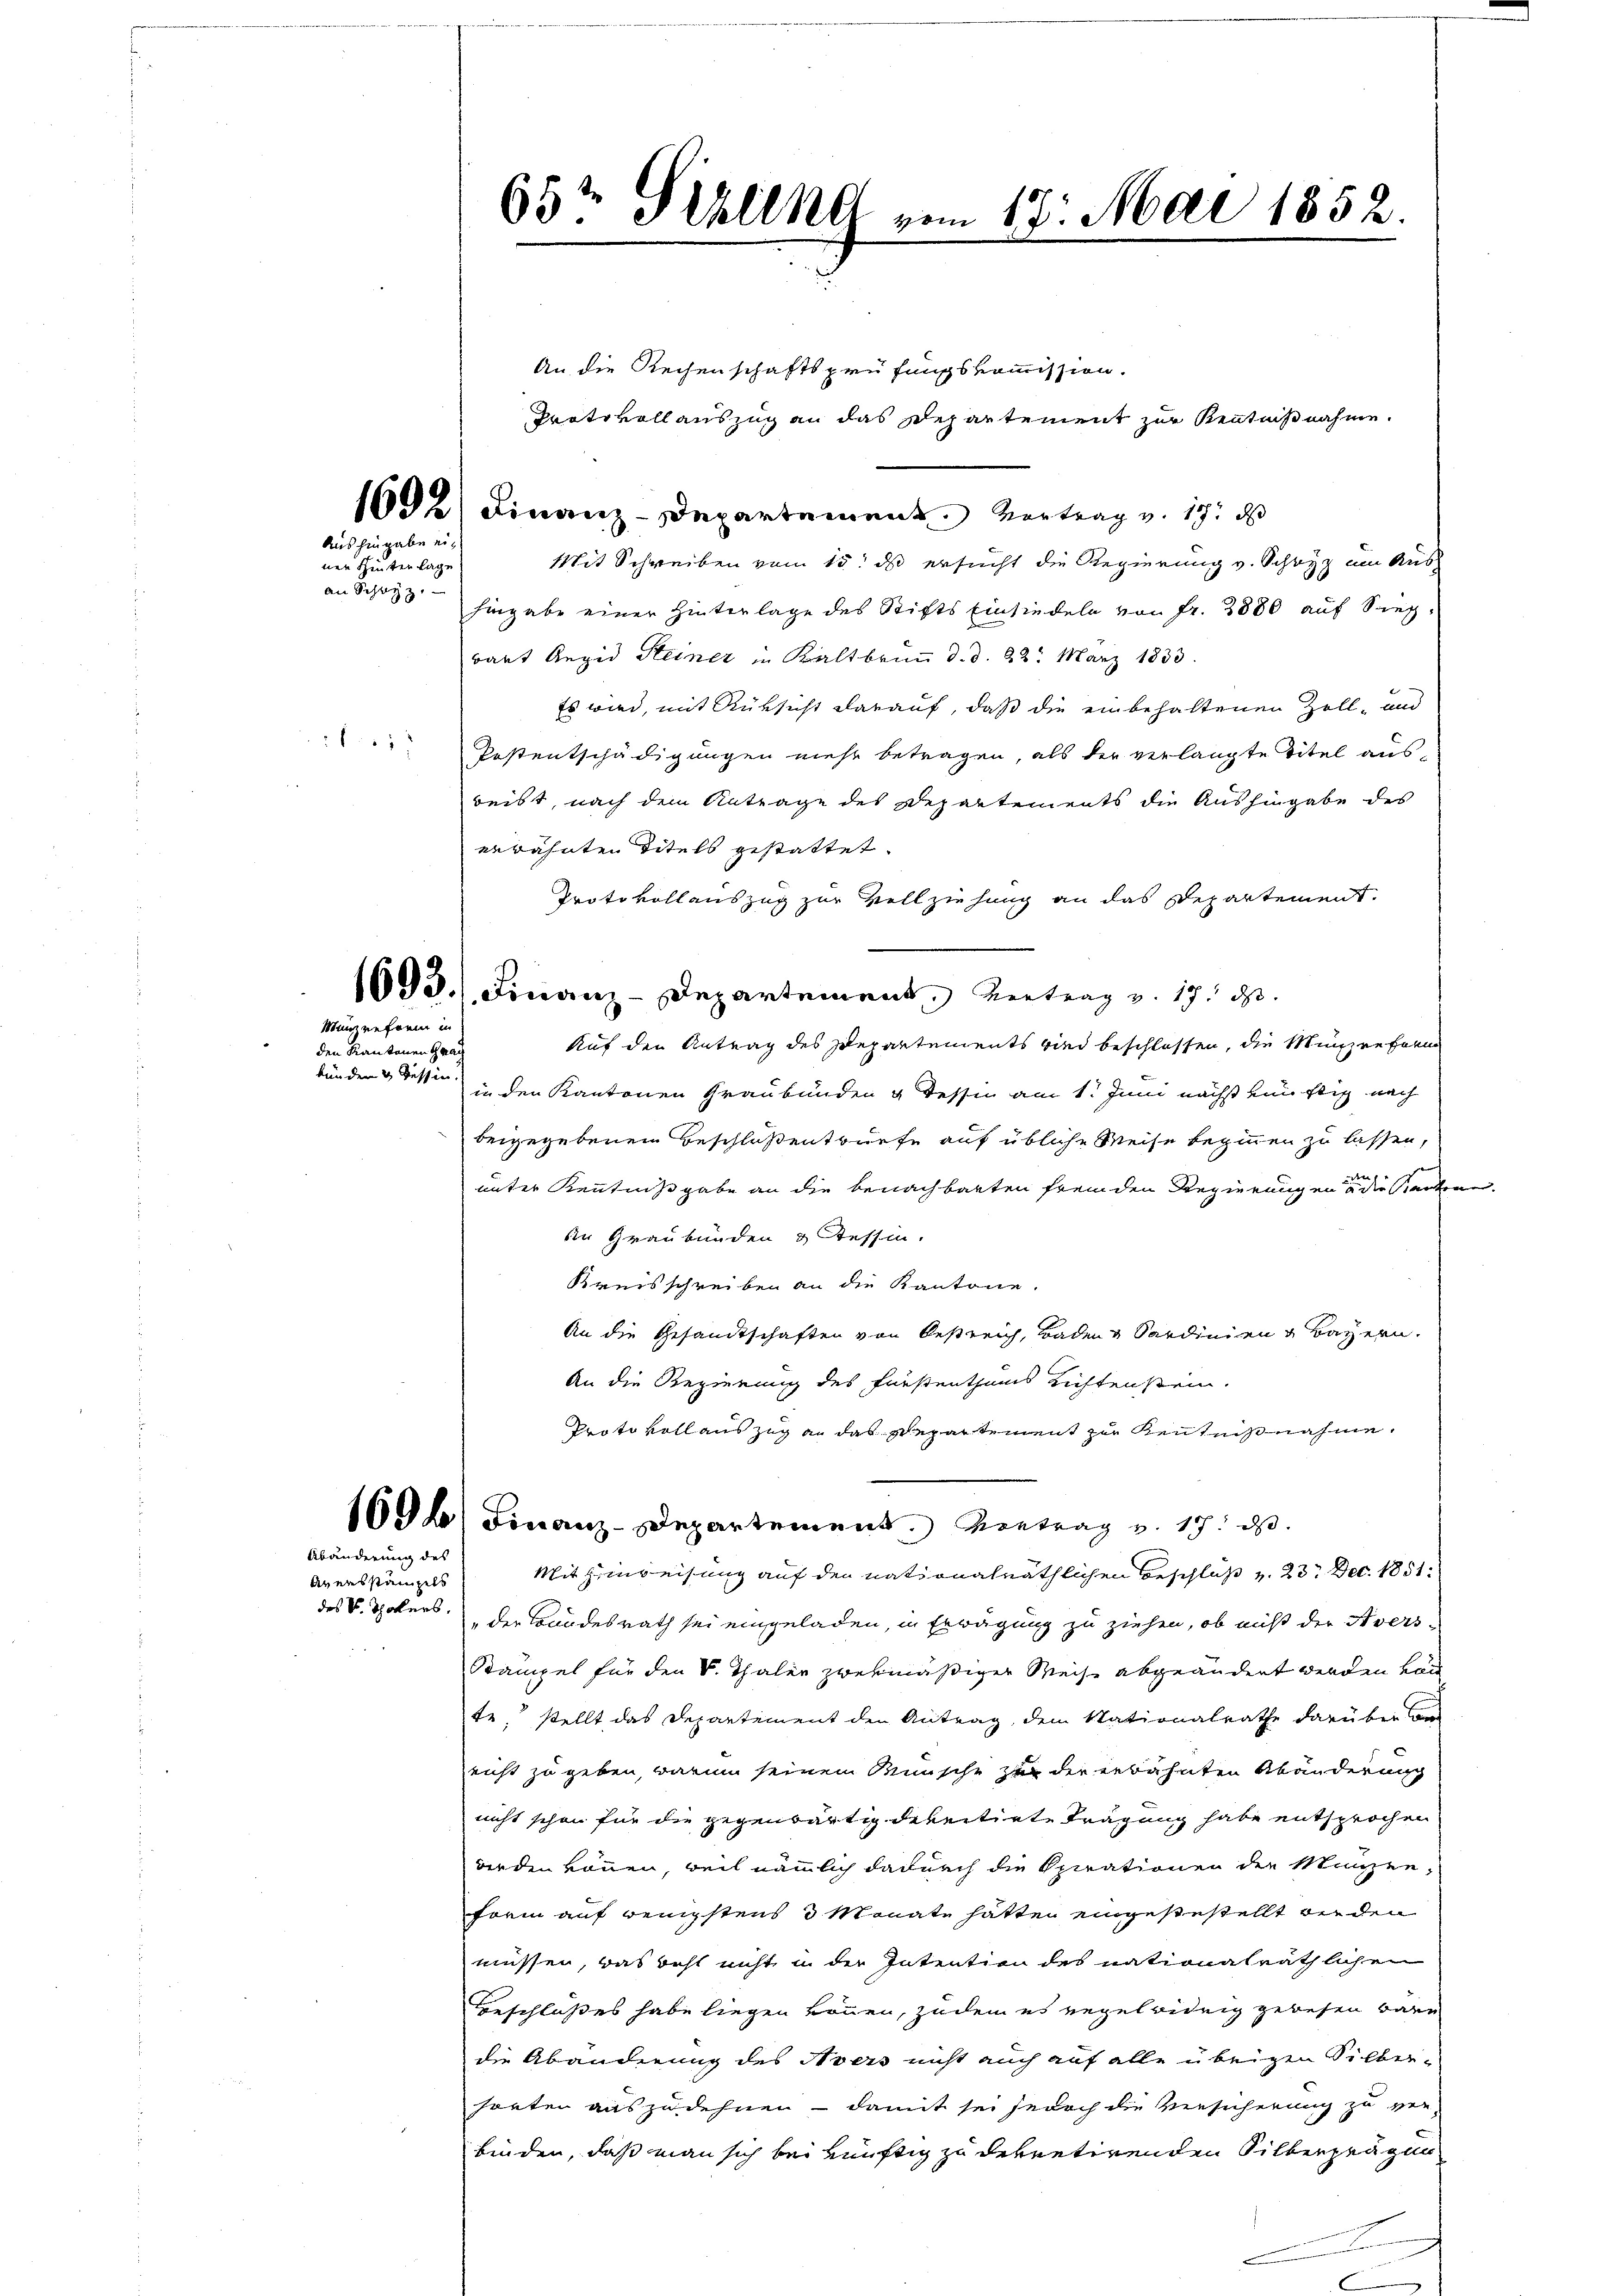
Aushingabe ei¬

nen Hinter lage
an Schwyz.

2 § 257

Min reform in

den Kantonen Grau
bünden & dessen.

An die Rechenschaftsprüfungskommission.
Protokoll auszug an das Departement zur Kenntnißnahme.
1602) Finanz-Departement Vertrag v. 17. ds
Mit Schreiben vom 15. ds ersucht die Regierung v. Schwyz um Aushingabe einer Hinterlage des Stifts Einsiedeln von Fr. 2880 auf Sieg-
wart Aegid Heiner in Kaltbrunn d. d. 22. März 1833.
Es wird, mit Rüksicht darauf, daß die einbehaltenen Zoll- und
Postentschädigungen nieht betragen, als der verlangte Titel ausreibt, nach dem Antrage des Departements die Aushingabe des
erwähnten Titels gestattet.
Protokollauszug zur Vollziehung an das Departement.
1693.) Finanz-Departement, Vertrag v. 17. ds.
Auf den Antrag des Departements wird beschlossen, die Münzen form
in den Kantonen Graubünden & Tessin am 1. Juni nächst künftig nach
beigegebenen Beschloßentwürfe auf übliche Weise beginnen zu lassen,
unter Kenntnißgabe an die benachbarten fremden Regierungen an die Standene
den Graubünden & Tessin.
Kreisschreiben an die Kantone.
An die Gesandtschaften von Oestreich, Baden & Sardinien & Bayern.
An die Regierung des Fürstenthums Richtenstein.
Protokoll auszug an das Repartement zur Kenntnißnahme.
160) Finanz-Departement. Vertrag v. 17. ds.
Mit Hinweisung auf den nationalräthlichen Beschluß v. 23. Dec. 1851.
des V. Thalers, der Bundesrath sei eingeladen, in Erwägung zu ziehen, ob nicht der Avers-
Stampel für den S. Thaler zwekmäßiger Weise abgeändert werden kan
te, stellt das Departement den Antrag, dem Nationalrathe darüber be
nicht zu geben, warum seinem Wunsche zu der erbahnten Abänderung
nicht schon für die gegenwärtig dereitirte Tragung habe entsprochen
werden können, weil nämmlich dadurch die Sparationen die Münzen,
Form auf wenigstens 3 Monate hätten eingestestellt werden
müssen, das geht nicht in der Intention des nationalräthlichen
Beschlußes habe liegen können, zudem es regel widrig gewesen wäre
die Abänderung des Avers nicht auch auf alle übrigen Silber-
horten auszudehnen – damit sei jedoch die Versicherung zu ver-
binden, daß man sich bei künftig zu dekretirenden Silberprägun

Abänderung des

Aarausstanzels

65t Schling vom 17. Mai 1852.